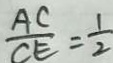
\frac { A C } { C E } = \frac { 1 } { 2 }